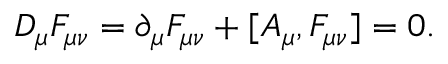
D _ { \mu } F _ { \mu \nu } = \partial _ { \mu } F _ { \mu \nu } + [ A _ { \mu } , F _ { \mu \nu } ] = 0 .